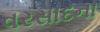
વરસાદના